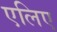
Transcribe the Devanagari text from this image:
एलिए